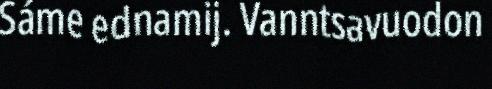
Sáme ednamij. Vanntsavuodon